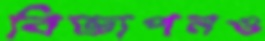
বিজ্ঞাপনও